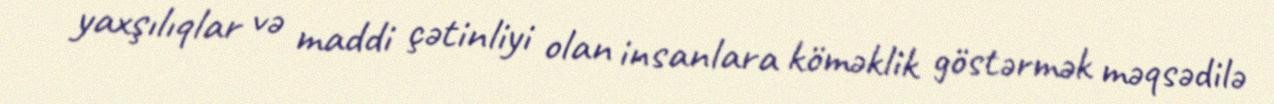
yaxşılıqlar və maddi çətinliyi olan insanlara köməklik göstərmək məqsədilə